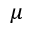
\mu